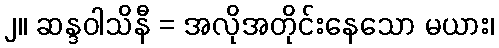
၂။ ဆန္ဒဝါသိနီ = အလိုအတိုင်းနေသော မယား၊